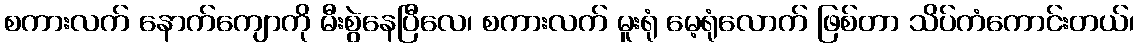
စကားလက် နောက်ကျောကို မီးစွဲနေပြီလေ၊ စကားလက် မူးရုံ မေ့ရုံလောက် ဖြစ်တာ သိပ်ကံကောင်းတယ်၊